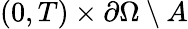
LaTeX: (0,T)\times\partial\Omega\setminus A